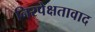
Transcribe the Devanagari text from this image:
निरपेक्षतावाद